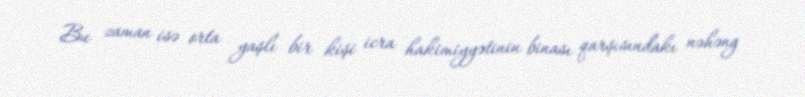
Bu zaman isə orta yaşlı bir kişi icra hakimiyyətinin binası qarşısındakı nəhəng